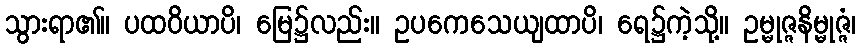
သွားရာ၏။ ပထဝိယာပိ၊ မြေ၌လည်း။ ဥပကေသေယျထာပိ၊ ရေ၌ကဲ့သို့။ ဥမ္မုဇ္ဇနိမ္မုဇ္ဇံ၊